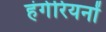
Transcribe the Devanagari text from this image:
हंगेरियनों